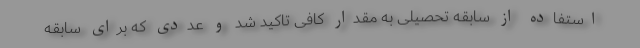
استفاده از سابقه تحصیلی به مقدار کافی تاکید شد و عددی که برای سابقه